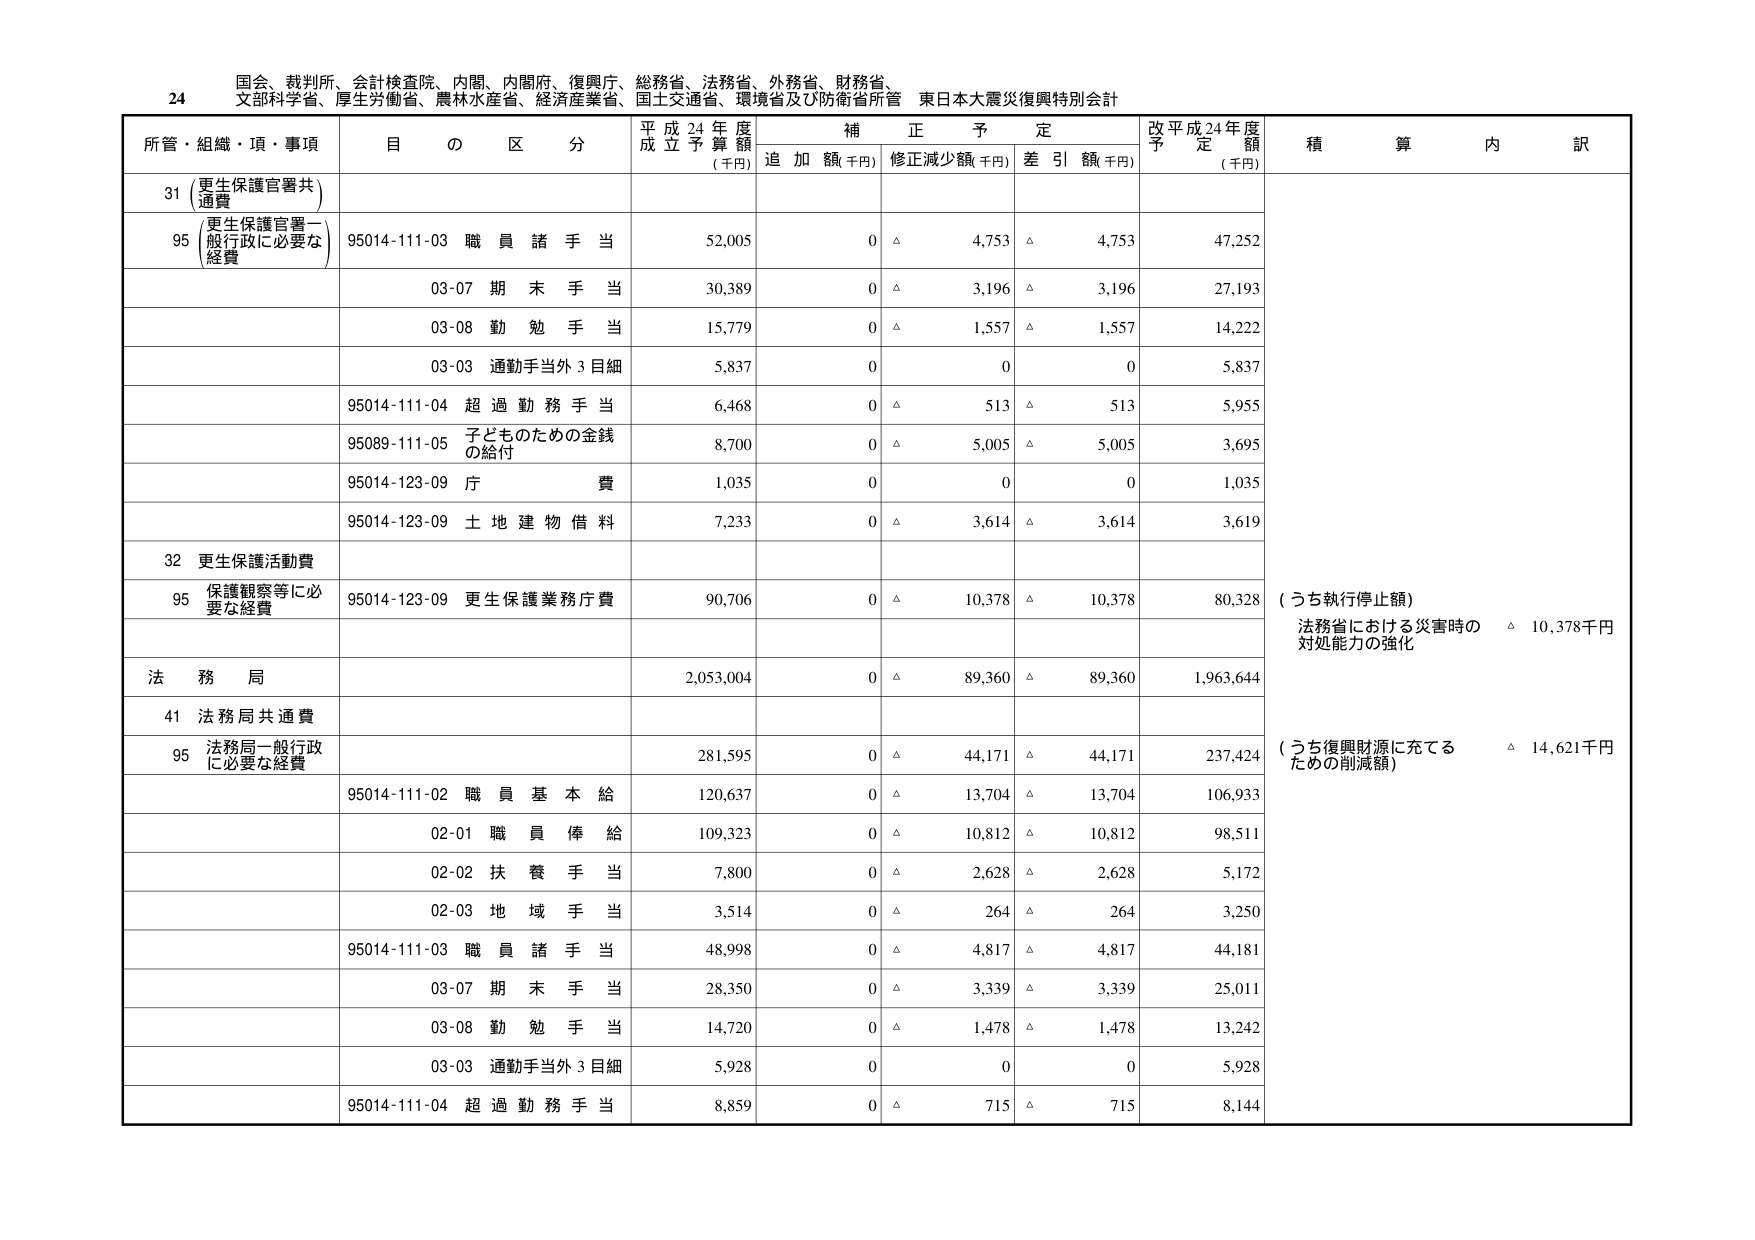
24 国会、裁判所、会計検査院、内閣、内閣府、復興庁、総務省、法務省、外務省、財務省、
文部科学省、厚生労働省、農林水産省、経済産業省、国土交通省、環境省及び防衛省所管 東日本大震災復興特別会計

所管・組織・項・事項 目 の 区 分 平成24年度 成立予算額 (千円) 補正予定 追加額(千円) 修正減少額(千円) 差引額(千円) 改平成24年度 予定額 (千円) 積算内訳

31 (更生保護官署共通費)
95 (更生保護官署一般行政に必要な経費) 95014-111-03 職員諸手当 52,005 0 △ 4,753 △ 4,753 47,252
03-07 期末手当 30,389 0 △ 3,196 △ 3,196 27,193
03-08 勤勉手当 15,779 0 △ 1,557 △ 1,557 14,222
03-03 通勤手当外3目細 5,837 0 0 0 5,837
95014-111-04 超過勤務手当 6,468 0 △ 513 △ 513 5,955
95089-111-05 子どものための金銭の給付 8,700 0 △ 5,005 △ 5,005 3,695
95014-123-09 庁費 1,035 0 0 0 1,035
95014-123-09 土地建物借料 7,233 0 △ 3,614 △ 3,614 3,619

32 更生保護活動費
95 保護観察等に必要な経費 95014-123-09 更生保護業務庁費 90,706 0 △ 10,378 △ 10,378 80,328 (うち執行停止額) 法務省における災害時の対処能力の強化 △ 10,378千円

法務局 2,053,004 0 △ 89,360 △ 89,360 1,963,644

41 法務局共通費
95 法務局一般行政に必要な経費 281,595 0 △ 44,171 △ 44,171 237,424 (うち復興財源に充てるための削減額) △ 14,621千円
95014-111-02 職員基本給 120,637 0 △ 13,704 △ 13,704 106,933
02-01 職員俸給 109,323 0 △ 10,812 △ 10,812 98,511
02-02 扶養手当 7,800 0 △ 2,628 △ 2,628 5,172
02-03 地域手当 3,514 0 △ 264 △ 264 3,250
95014-111-03 職員諸手当 48,998 0 △ 4,817 △ 4,817 44,181
03-07 期末手当 28,350 0 △ 3,339 △ 3,339 25,011
03-08 勤勉手当 14,720 0 △ 1,478 △ 1,478 13,242
03-03 通勤手当外3目細 5,928 0 0 0 5,928
95014-111-04 超過勤務手当 8,859 0 △ 715 △ 715 8,144